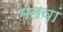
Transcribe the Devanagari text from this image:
मलवां